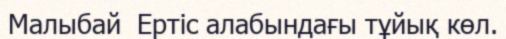
Малыбай  Ертіс алабындағы тұйық көл.